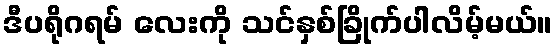
ဒီပရိုဂရမ် လေးကို သင်နှစ်ခြိုက်ပါလိမ့်မယ်။